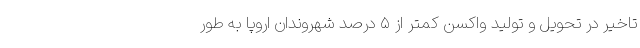
تاخیر در تحویل و تولید واکسن کمتر از ۵ درصد شهروندان اروپا به طور